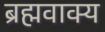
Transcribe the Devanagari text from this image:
ब्रह्मवाक्‍य